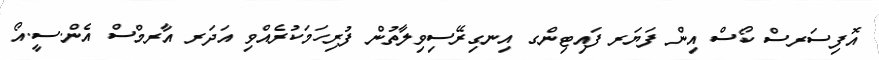
އޮފިސަރސް ކޯސް އިން ފަޔަރ ފައިޓިންގ އިނގިރޭސިވިލާތުން ފުރިހަމަކުރެއްވި އަދަރ އާރމްސް އެން.ސީ.އޯ